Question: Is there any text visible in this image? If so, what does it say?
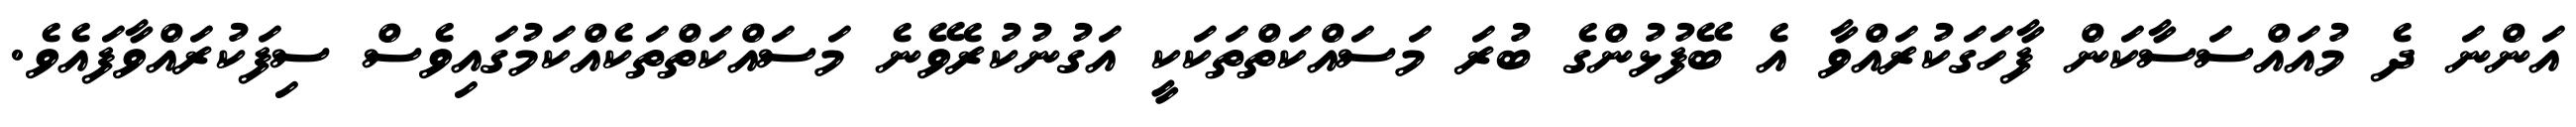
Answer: އަންނަ ދެ މުއައްސަސާކަން ފާހަގަކުރައްވާ އެ ބޭފުޅުންގެ ބުރަ މަސައްކަތްތަކަކީ އަގުނުކުރެވޭނެ މަސައްކަތްތަކެއްކަމުގައިވެސް ސިފަކުރައްވާފައެވެ.